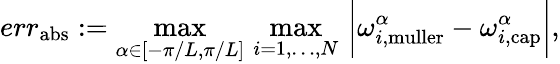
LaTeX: err_{\mathrm{abs}}:=\operatorname*{max}_{\alpha\in[-\pi/L,\pi/L]}\, \operatorname*{max}_{i=1,\dots,N}\, \bigg|\omega_{i,\mathrm{muller}}^{\alpha}-\omega_{i,\mathrm{cap}}^{\alpha}\bigg|,